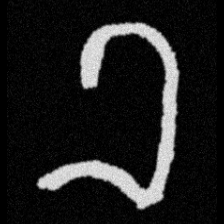
Pyu character \u2014 Myanmar letter: ခ (romanized: kha)